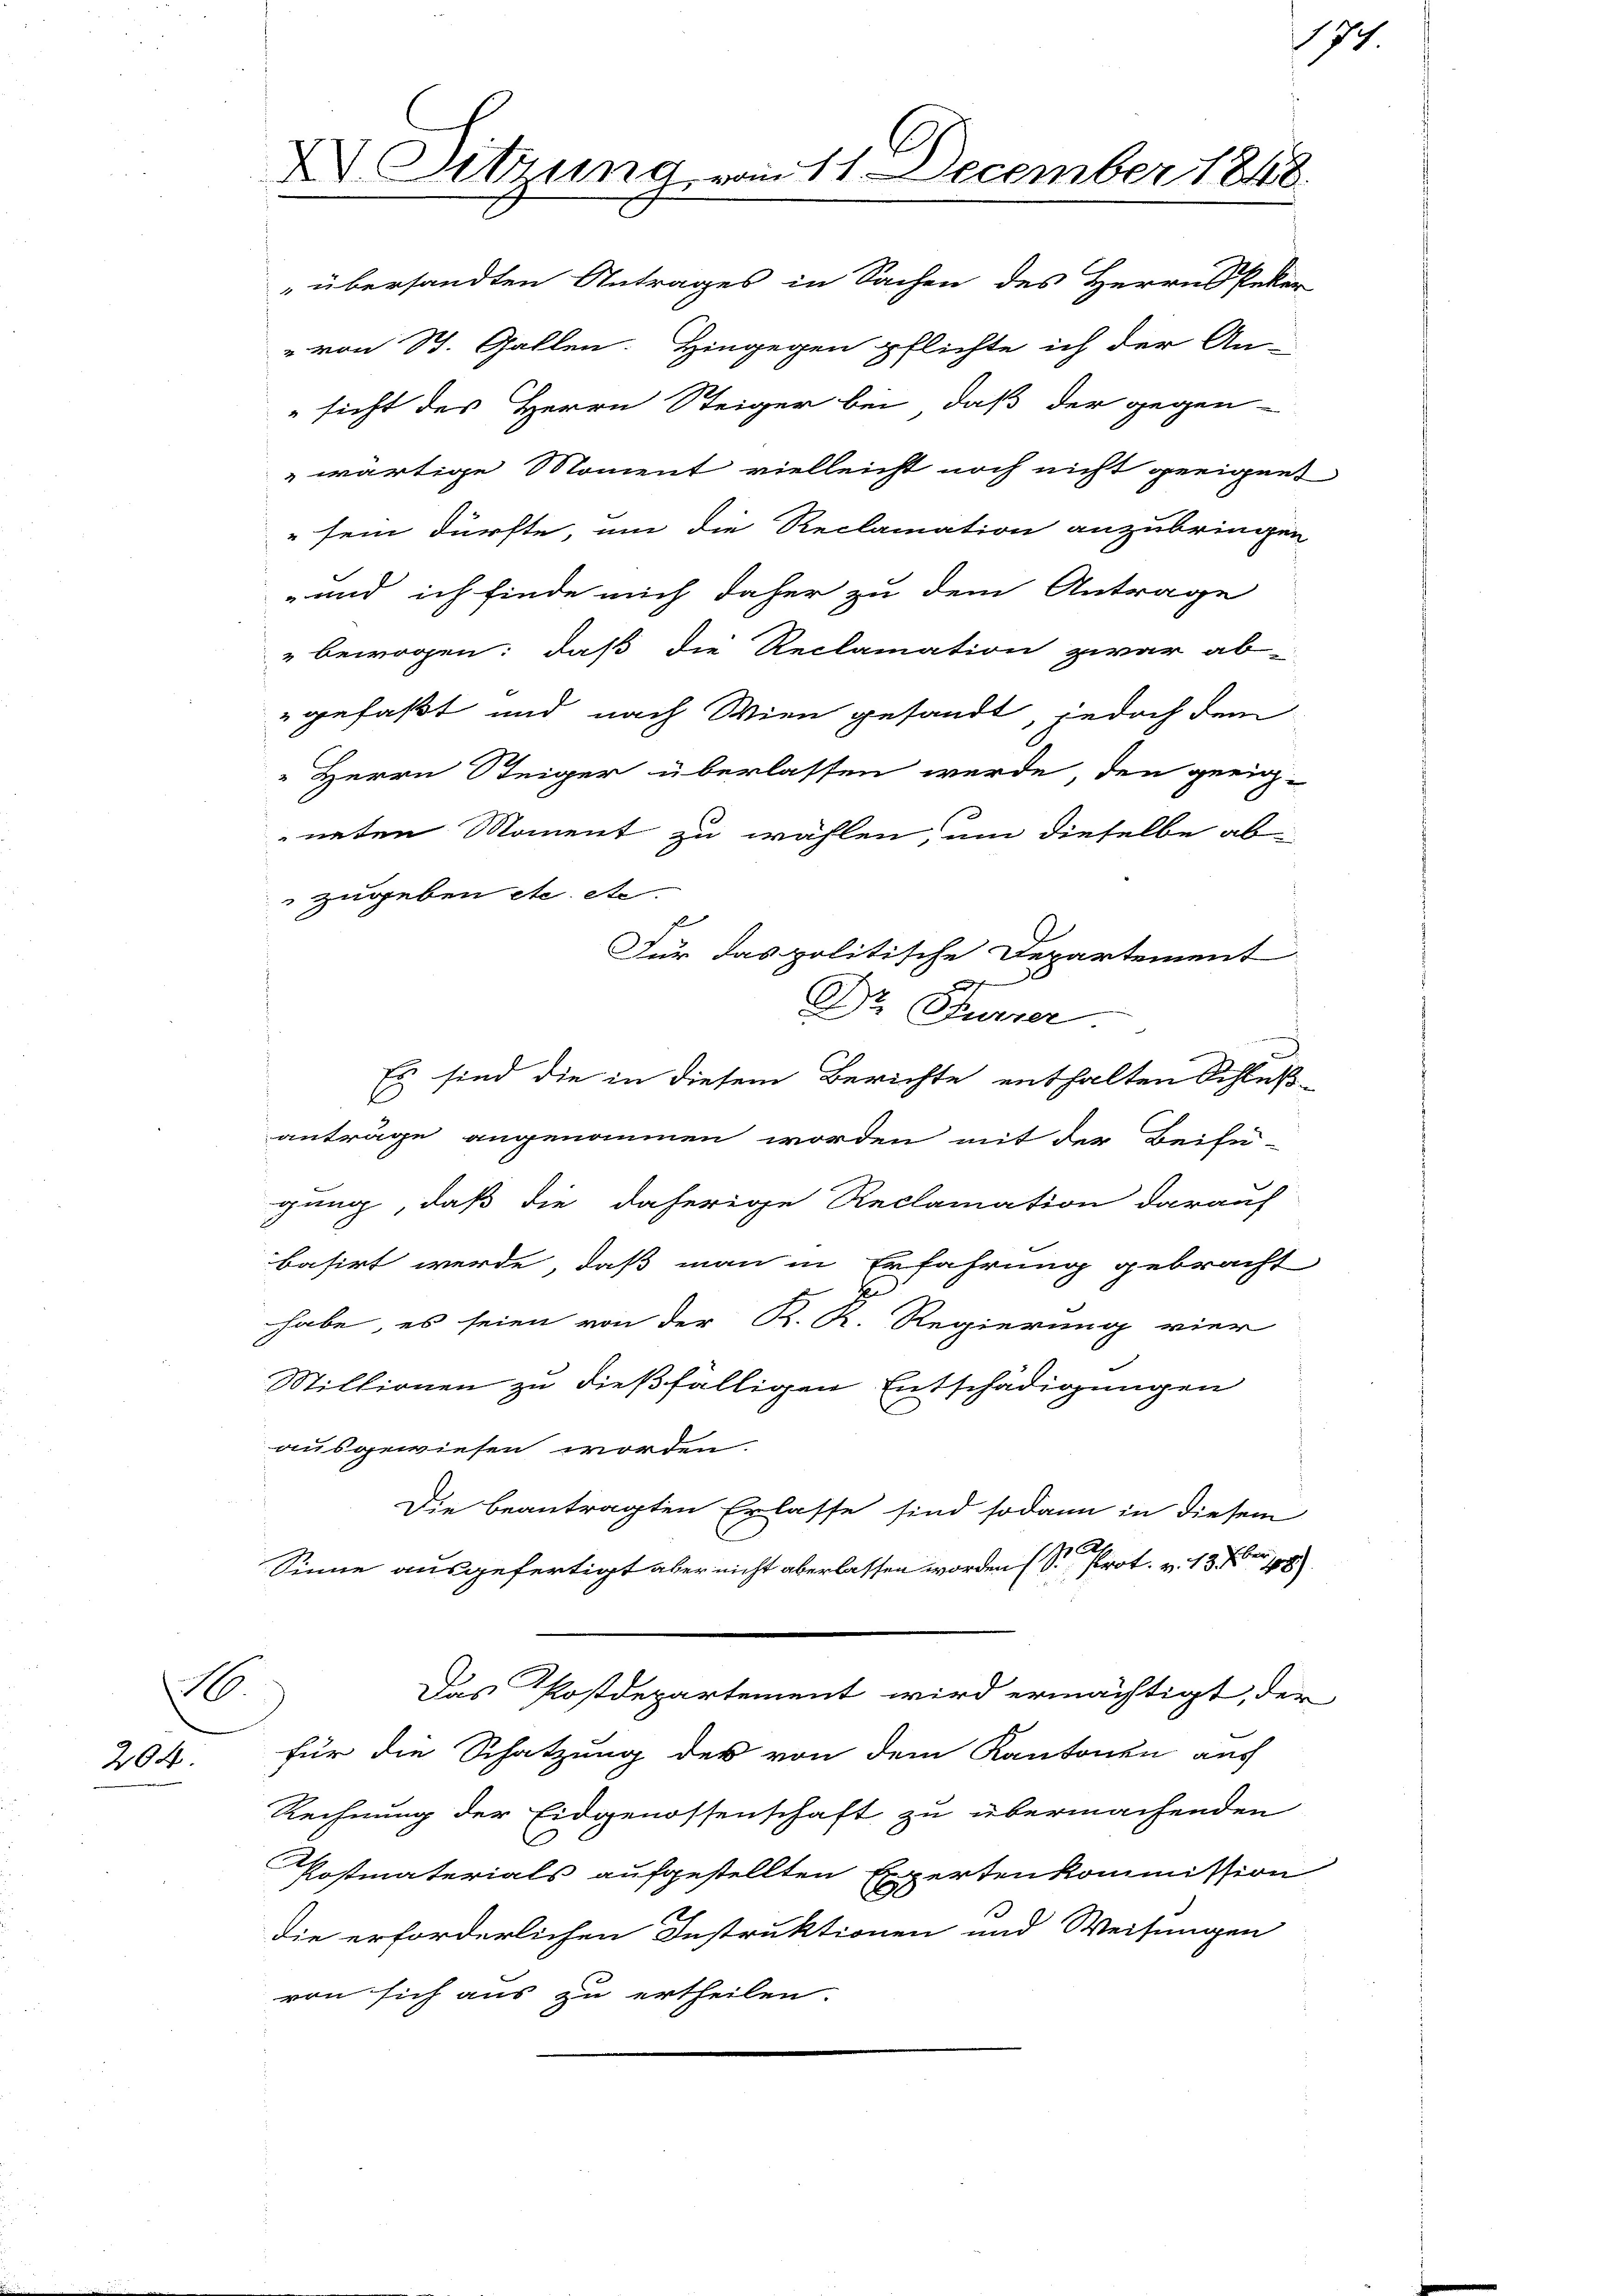
204.

XV. Sitzung vom 11. December 1848.
" übersandten Antrages in Sachen des Herrn Peter
" von St. Gallen. Hingegen pflichte ich der An-
sicht des Herrn Steiger bei, daß der gegen-
wärtige Moment vielleicht noch nicht geeigen,

sein dürfte, um die Reclamation anzubringen
und ich finde mich daher zu dem Antrage
" bewogen: daß die Reclamation zwar ab-
gefaßt und nach Wien gesandt, jedoch dem
"Herrn Steiger überlassen werde, den geeigneten Moment zu wählen, um dieselbe ab-
zugeben etc. etc.
f
Für das politische Departement
Dr. Furrer.

A
Es sind die in diesem Berichte enthalten Schluß-
C
anträge angenommen worden mit der Beifü-
gung, daß die daherige Reclamation darauf
basirt werde, daß man in Erfahrung gebracht
habe, es seien von der K. R. Regierung vier
Millionen zu dießfälligen Entschädigungen
ausgewiesen worden.
Die beantragten Erlasse sind sodann in diesem
Sinne ausgefertigt aber nicht aberlassen worden (S. Prot. v. 13 Fr. 18
.
Das Postdepartement wird ermächtigt, der
für die Schatzung des von dem Kantonen aus
Rechnung der Eidgenossenschaft zu übermachenden
Postmaterials aufgestellten Expertenkommission
die erforderlichen Instruktionen und Weisungen
von sich aus zu ertheilen.

174

d

d
.